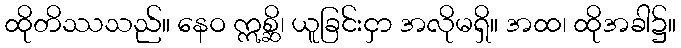
ထိုတိဿသည်။ နေဝ ဣစ္ဆိ၊ ယူခြင်းငှာ အလိုမရှိ။ အထ၊ ထိုအခါ၌။